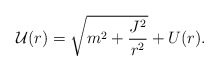
\begin{align*}{\cal U}(r)=\sqrt{m^2+\frac{J^2}{r^2}}+ U(r). \end{align*}